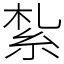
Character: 紮